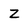
Character: Z